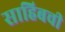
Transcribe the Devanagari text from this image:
साहिबची